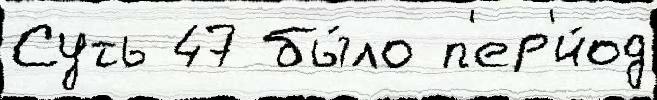
Суть 47 бы́ло п'ер'и́од